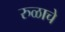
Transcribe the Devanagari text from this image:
रुळाचे